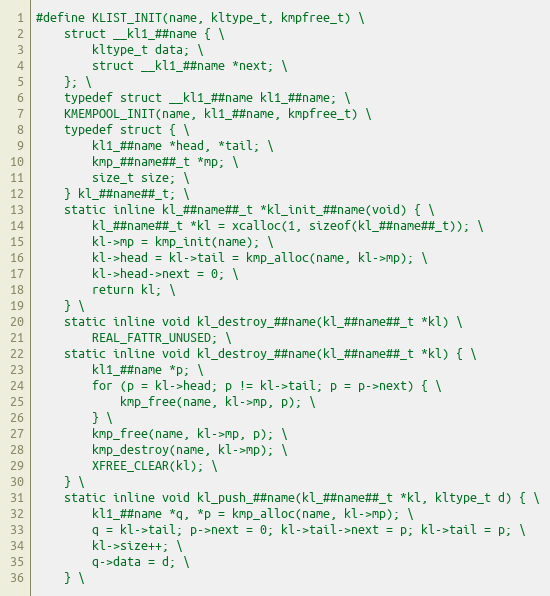
Language: C
#define KLIST_INIT(name, kltype_t, kmpfree_t) \
    struct __kl1_##name { \
        kltype_t data; \
        struct __kl1_##name *next; \
    }; \
    typedef struct __kl1_##name kl1_##name; \
    KMEMPOOL_INIT(name, kl1_##name, kmpfree_t) \
    typedef struct { \
        kl1_##name *head, *tail; \
        kmp_##name##_t *mp; \
        size_t size; \
    } kl_##name##_t; \
    static inline kl_##name##_t *kl_init_##name(void) { \
        kl_##name##_t *kl = xcalloc(1, sizeof(kl_##name##_t)); \
        kl->mp = kmp_init(name); \
        kl->head = kl->tail = kmp_alloc(name, kl->mp); \
        kl->head->next = 0; \
        return kl; \
    } \
    static inline void kl_destroy_##name(kl_##name##_t *kl) \
        REAL_FATTR_UNUSED; \
    static inline void kl_destroy_##name(kl_##name##_t *kl) { \
        kl1_##name *p; \
        for (p = kl->head; p != kl->tail; p = p->next) { \
            kmp_free(name, kl->mp, p); \
        } \
        kmp_free(name, kl->mp, p); \
        kmp_destroy(name, kl->mp); \
        XFREE_CLEAR(kl); \
    } \
    static inline void kl_push_##name(kl_##name##_t *kl, kltype_t d) { \
        kl1_##name *q, *p = kmp_alloc(name, kl->mp); \
        q = kl->tail; p->next = 0; kl->tail->next = p; kl->tail = p; \
        kl->size++; \
        q->data = d; \
    } \